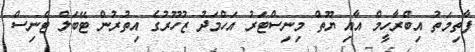
ފާތިމަތު އިބްރާހީމް އާއި ޔޫތް މިނިސްޓަރު އަހްމަދު ޒުހޫރުގެ އިތުރުން ޓޭބަލް ޓެނިސް